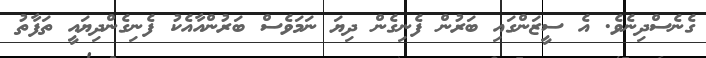
ގެނެސްދިނެވެ. އެ ސީޒަންގައި ބަރުން ފެނިގެން ދިޔަ ނަމަވެސް ބަރުންއާއެކު ފެނިގެންދިޔައީ ތަފާތު